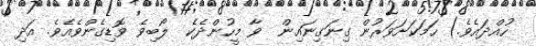
ހުއްދައެވެ.) ހަމަކަށަވަރުން ގިނަގިނައިން  ވާ މީހުންދެކެ  ލޯބިވެ ވޮޑިގެންވެއެވެ. އަދި